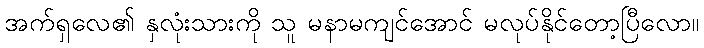
အက်ရှလေ၏ နှလုံးသားကို သူ မနာမကျင်အောင် မလုပ်နိုင်တော့ပြီလော။